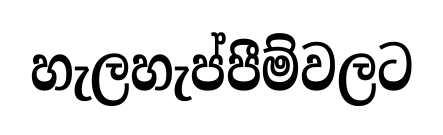
හැලහැප්පීම්වලට